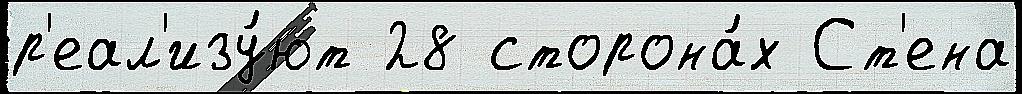
р'еал'изу́ют 28 сторона́х Ст'ена